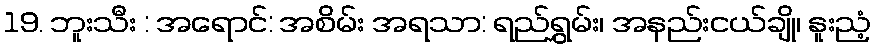
19. ဘူးသီး : အရောင်: အစိမ်း အရသာ: ရည်ရွှမ်း၊ အနည်းငယ်ချို၊ နူးညံ့